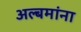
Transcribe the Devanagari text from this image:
अल्बमांना